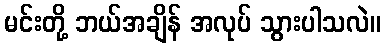
မင်းတို့ ဘယ်အချိန် အလုပ် သွားပါသလဲ။